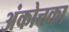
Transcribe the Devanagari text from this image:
अंकोत्तका